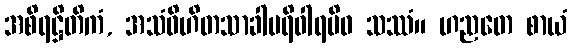
အစိရဋ္ဌိတိကံ, အသံဝိဟိတသာခါပရိဝါရမိဝ သဿံ။ ဟညတေ စာယံ